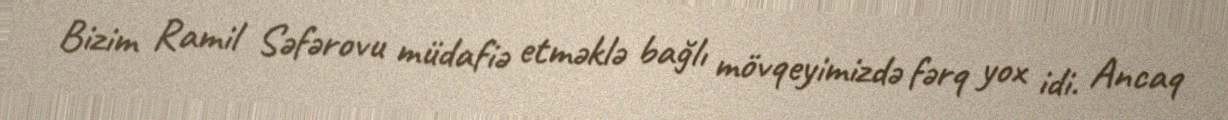
Bizim Ramil Səfərovu müdafiə etməklə bağlı mövqeyimizdə fərq yox idi. Ancaq